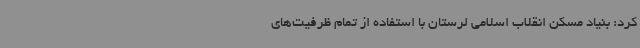
کرد: بنیاد مسکن انقلاب اسلامی لرستان با استفاده از تمام ظرفیت‌های